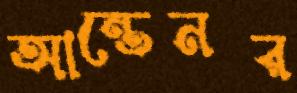
আন্তেনর